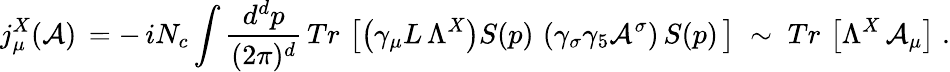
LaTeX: j_{\mu}^{X}({\cal{A}})\, =-\, iN_{c}\int\frac{d^{d}p}{(2\pi)^{d}}\, Tr\, \left[\left(\gamma_{\mu}L\, \Lambda^{X}\right)S(p)\, \left(\gamma_{\sigma}\gamma_{5}{\cal{A}}^{\sigma}\right)\, S(p)\, \right]\; \sim\; Tr\, \left[\Lambda^{X}\, {\cal{A}}_{\mu}\right]\; .